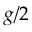
g / 2